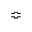
\Bumpeq